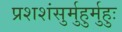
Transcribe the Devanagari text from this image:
प्रशशंसुर्मुहुर्मुहुः